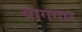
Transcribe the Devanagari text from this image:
यागगार